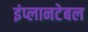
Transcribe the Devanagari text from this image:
इंप्लानटेबल